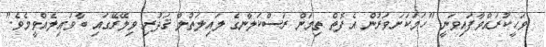
ވަޙީކުރައްވާފައިވަނީ "ހަމަކަށަވަރުން އެފޮތް ތިމަން ރަސްކަލާނގެ ލައިލަތުލް ޤަދުރި ވިލޭރޭގައި ބާވައިލެއްވީމެވެ."